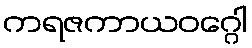
ကရဇကာယဝဂ္ဂေါ